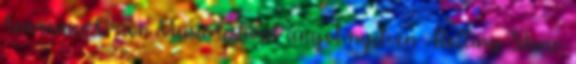
Announce Orion Music Festival angol nyelven . Rolling Stone,